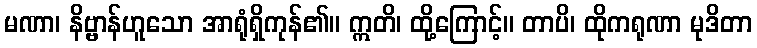
မဏာ၊ နိဗ္ဗာန်ဟူသော အာရုံရှိကုန်၏။ ဣတိ၊ ထို့ကြောင့်။ တာပိ၊ ထိုကရုဏာ မုဒိတာ